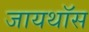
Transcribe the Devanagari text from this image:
जायथॉस